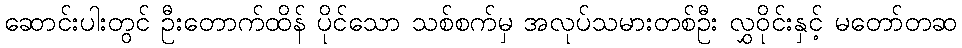
ဆောင်းပါးတွင် ဦးတောက်ထိန် ပိုင်သော သစ်စက်မှ အလုပ်သမားတစ်ဦး လွှဝိုင်းနှင့် မတော်တဆ